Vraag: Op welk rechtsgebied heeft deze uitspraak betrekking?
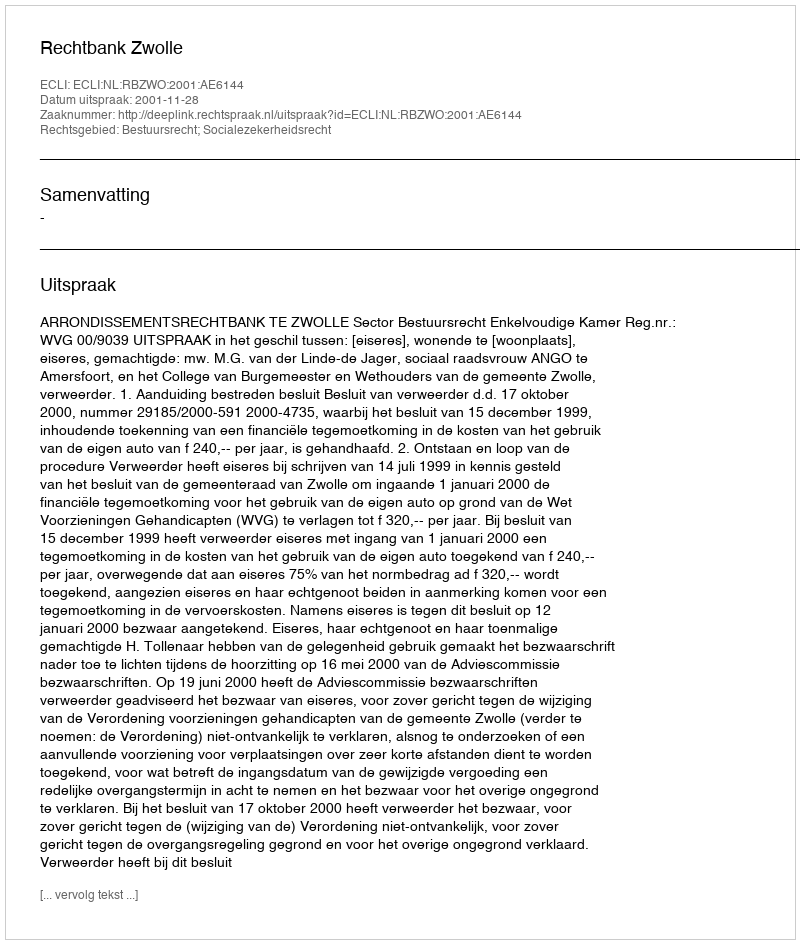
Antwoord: Bestuursrecht; Socialezekerheidsrecht